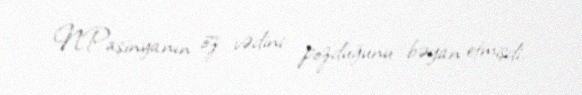
N.Paşinyanın öz vədini pozduğunu bəyan etmişdi.